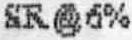
SR@6%